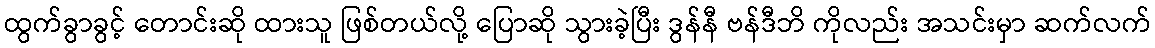
ထွက်ခွာခွင့် တောင်းဆို ထားသူ ဖြစ်တယ်လို့ ပြောဆို သွားခဲ့ပြီး ဒွန်နီ ဗန်ဒီဘိ ကိုလည်း အသင်းမှာ ဆက်လက်